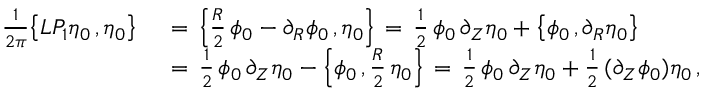
\begin{array} { r l } { \frac { 1 } { 2 \pi } \bigl \{ L P _ { 1 } \eta _ { 0 } \, , \eta _ { 0 } \bigr \} \, } & { { } = \, \Bigl \{ \frac { R } { 2 } \, \phi _ { 0 } - \partial _ { R } \phi _ { 0 } \, , \eta _ { 0 } \Bigr \} \, = \, \frac { 1 } { 2 } \, \phi _ { 0 } \, \partial _ { Z } \eta _ { 0 } + \bigl \{ \phi _ { 0 } \, , \partial _ { R } \eta _ { 0 } \bigr \} } \\ { \, } & { { } = \, \frac { 1 } { 2 } \, \phi _ { 0 } \, \partial _ { Z } \eta _ { 0 } - \Bigl \{ \phi _ { 0 } \, , \frac { R } { 2 } \, \eta _ { 0 } \Bigr \} \, = \, \frac { 1 } { 2 } \, \phi _ { 0 } \, \partial _ { Z } \eta _ { 0 } + \frac { 1 } { 2 } \, ( \partial _ { Z } \phi _ { 0 } ) \eta _ { 0 } \, , } \end{array}